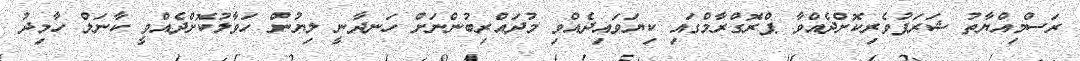
ރަސްމިއްޔާތު ޝަރަފުވެރިކޮށްދެއްވާ ޕްރޮގްރާމްގައި ކިޔަވައިދެއްވި މުދައްރިބުންނަށް ހަނދާނީ ލިޔުން ހަވާލުކޮށްދެއްވީ ކާނަލް ހާމިދު